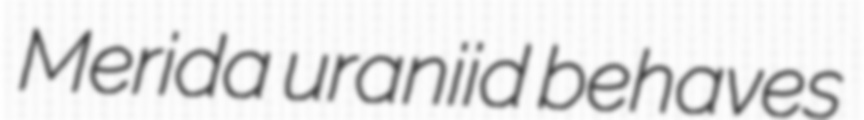
Merida uraniid behaves